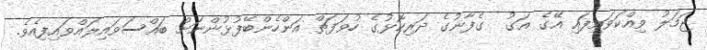
ޖަމަލު ވިއްކަވައިފައި އޭގެ އަގު  ގެފާނުގެ ދަރިކޮޅުގެ ހުވަފަތް އަންހެންބޭފުޅުންނަށް ބައްސަވައިލައްވައިފިއެވެ.